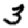
Digit: 3